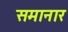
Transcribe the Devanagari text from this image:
समानार